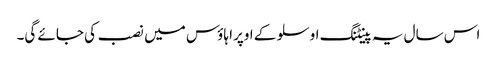
اس سال یہ پینٹنگ اوسلو کے اوپرا ہاؤس میں نصب کی جائے گی۔